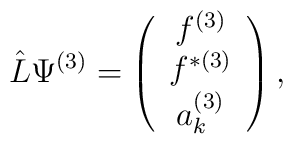
\hat{L}\Psi^{(3)} =   \left( \begin{array}{c}f^{(3)}  \\f^{\ast (3)}  \\ a^{(3)}_{k}\end{array}\right),